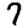
Digit: 7